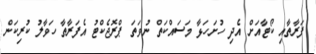
ފަރާތާއި ކޯޓާއަށް އެދި ހުށަހަޅާ މަސައްކަތް ނުވަތަ ޕްރޮޖެކްޓު އެފަރާތާ ހަވާލު ކުރިކަން